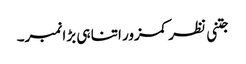
جتنی نظر کمزور اتنا ہی بڑا نمبر۔